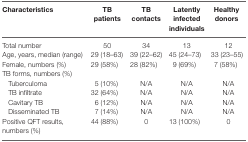
| Characteristics | TB patients | TB contacts | Latently infected individuals | Healthy donors |
 | --- | --- | --- | --- | --- |
 | Total number | 50 | 34 | 13 | 12 |
 | Age, years, median (range) | 29 (18–63) | 39 (22–62) | 45 (24–73) | 33 (23–55) |
 | Female, numbers (%) | 29 (58%) | 28 (82%) | 9 (69%) | 7 (58%) |
 | TB forms, numbers (%) |  |  |  |  |
 | Tuberculoma | 5 (10%) | N/A | N/A | N/A |
 | TB infiltrate | 32 (64%) | N/A | N/A | N/A |
 | Cavitary TB | 6 (12%) | N/A | N/A | N/A |
 | Disseminated TB | 7 (14%) | N/A | N/A | N/A |
 | Positive QFT results, numbers (%) | 44 (88%) | 0 | 13 (100%) | 0 |